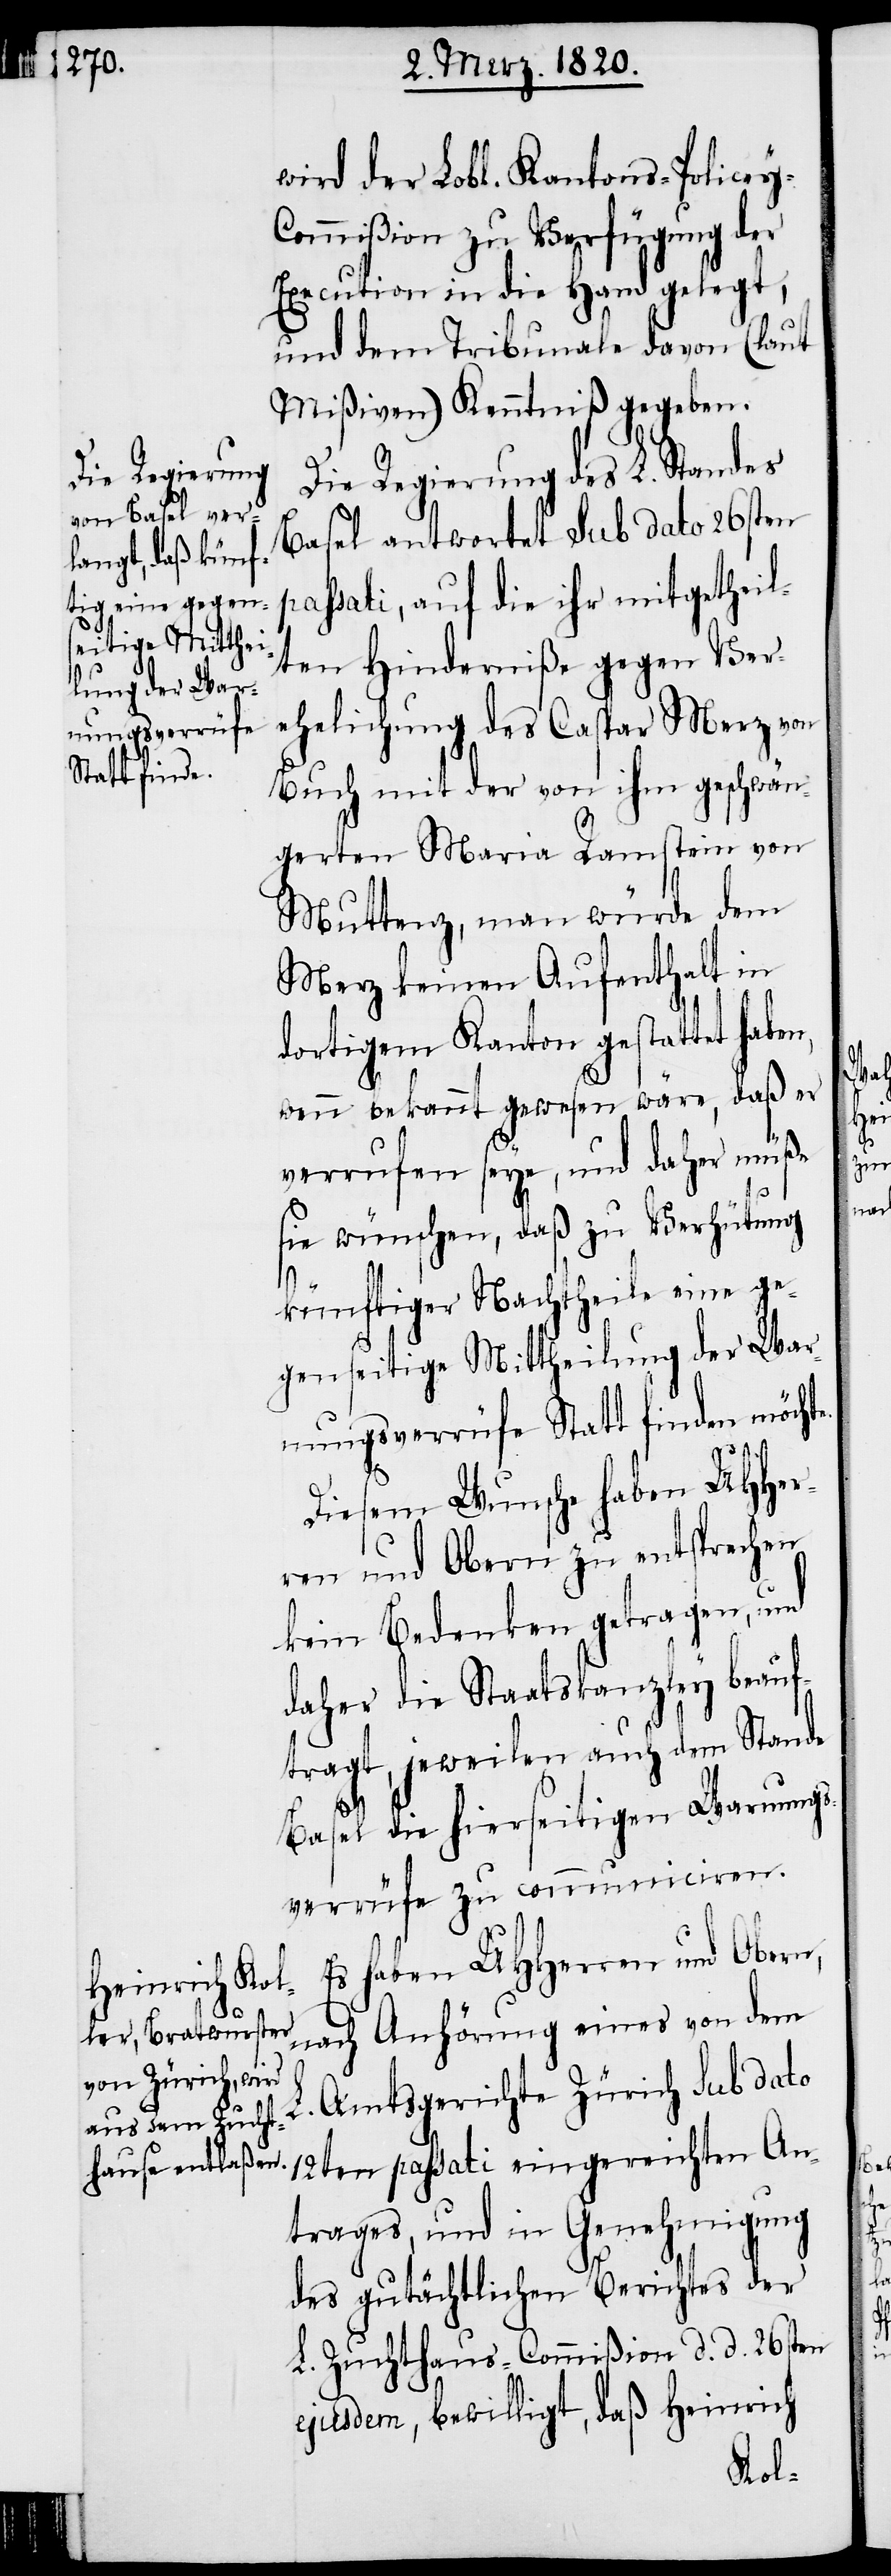
wird der Lobl. Kantons-Policey-C¬
ommißion zu Verfügung der
Execution in die Hand gelegt,
und dem Tribunale davon (laut
Mißiven) Kenntniß gegeben.
Die Regierung des L. Standes
Basel antwortet sub dato 26sten
passati, auf die ihr mitgetheil¬
ten Hinderniße gegen Ver¬
ehelichung des Caspar Merz von
Buch mit der von ihm geschwän¬
gerten Maria Ramstein von
Muttenz, man würde dem
Merz keinen Aufenthalt in
dortigem Kanton gestattet habe¬
wenn bekannt gewesen wäre, daß er
verrufen seye, und daher müße
sie wünschen, daß zu Verhütung
künftiger Nachtheile eine ge¬
genseitige Mittheilung der War¬
nungsverrüfe Statt finden möcht¬
e.
Diesem Wunsche haben UHHer¬
ren und Obern zu entsprechen
kein Bedenken getragen, und
daher die Staatskanzley beauf¬
tragt, jeweilen auch dem Stande
Basel die hierseitigen Warnungs¬
verrüfe zu communiciren.
Es haben UHHerren und Obern,
nach Anhörung eines von dem
Amtsgerichte Zürich sub dato
12ten passati eingereichten An¬
trages, und in Genehmigung
des gutächtlichen Berichtes der
L. Zuchthaus-Commißion d. d. 26sten
ejusdem, bewilligt, daß Heinrich

L.
n,